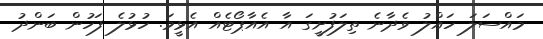
މައްސަލަ ހައްލު ވެދާނެ ތިލަފުށީގަ އާ އެއާޕޯޓެއް އެޅީމަ. ހުޅުލެ ފަހުން ބަންދު